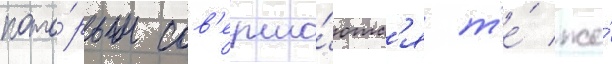
кото́рым сов'ерша́ютс'я т'е́ же́